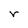
Character: r